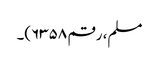
مسلم، رقم ۶۳۵۸)۔